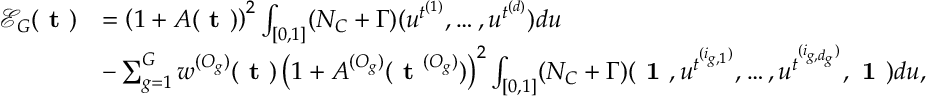
\begin{array} { r l } { \mathcal { E } _ { G } ( \normalfont { \textbf { t } } ) } & { = \left( 1 + A ( \normalfont { \textbf { t } } ) \right) ^ { 2 } \int _ { [ 0 , 1 ] } ( N _ { C } + \Gamma ) ( u ^ { t ^ { ( 1 ) } } , \dots , u ^ { t ^ { ( d ) } } ) d u } \\ & { - \sum _ { g = 1 } ^ { G } w ^ { ( O _ { g } ) } ( \normalfont { \textbf { t } } ) \left( 1 + A ^ { ( O _ { g } ) } ( \normalfont { \textbf { t } } ^ { ( O _ { g } ) } ) \right) ^ { 2 } \int _ { [ 0 , 1 ] } ( N _ { C } + \Gamma ) ( \normalfont { \textbf { 1 } } , u ^ { t ^ { ( i _ { g , 1 } ) } } , \dots , u ^ { t ^ { ( i _ { g , d _ { g } } ) } } , \normalfont { \textbf { 1 } } ) d u , } \end{array}